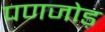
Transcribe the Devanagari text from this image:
पणजोड़